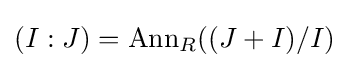
(I:J)=\mathrm {Ann} _{R}((J+I)/I)